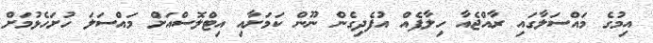
އިމުގެ މައްސަލާގައި ރާއްޖެއާ ހިލާފެއް އުފެދިގެން ނޫން ކަމަށާއި އިޓްލޮސްއަށް މައްސަލަ ހުށަހެޅުމަށް